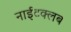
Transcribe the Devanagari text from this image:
नाईटक्लब